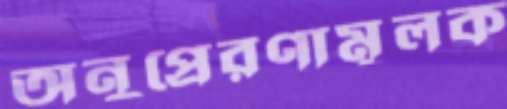
অনুপ্রেরণামূলক